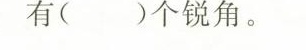
有()个锐角。